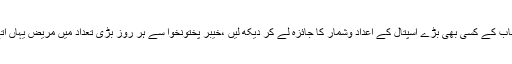
آپ پنجاب کے کسی بھی بڑے اسپتال کے اعداد وشمار کا جائزہ لے کر دیکھ لیں ،خیبر پختونخوا سے ہر روز بڑی تعداد میں مریض یہاں آتے ہیں۔